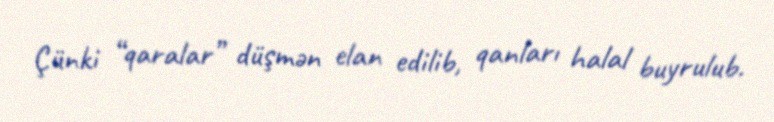
Çünki “qaralar” düşmən elan edilib, qanları halal buyrulub.